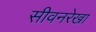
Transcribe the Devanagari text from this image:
सीवनरेखा